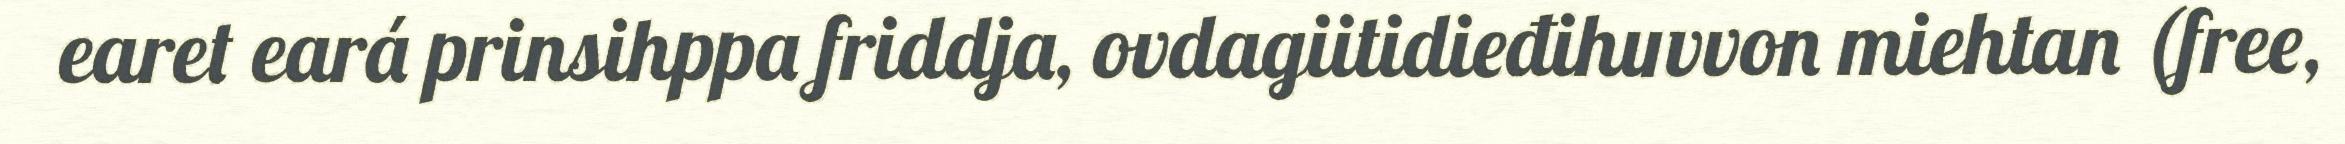
earet eará prinsihppa friddja, ovdagiitidieđihuvvon miehtan (free,